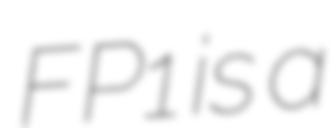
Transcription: FP1 is a